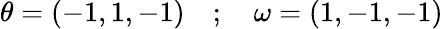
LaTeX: \theta=(-1,1,-1)\quad;\quad\omega=(1,-1,-1)